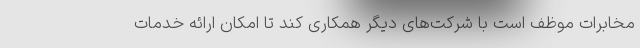
مخابرات موظف است با شرکت‌های دیگر همکاری کند تا امکان ارائه خدمات